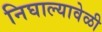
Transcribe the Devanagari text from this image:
निघाल्यावेळी